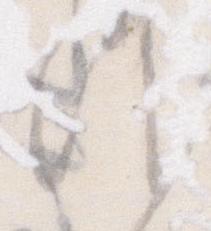
候